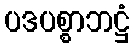
ပဒပစ္စာဘဋ္ဌံ